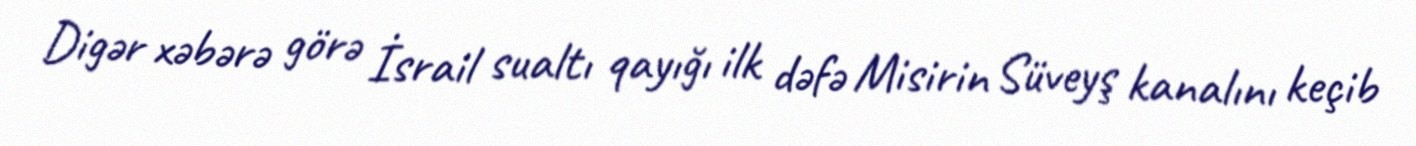
Digər xəbərə görə İsrail sualtı qayığı ilk dəfə Misirin Süveyş kanalını keçib